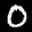
Label: 0